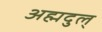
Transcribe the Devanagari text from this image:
अह्मदुल्